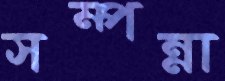
সম্পন্না